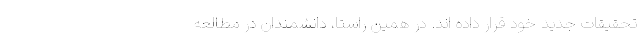
تحقیقات جدید خود قرار داده اند. در همین راستا، دانشمندان در مطالعه